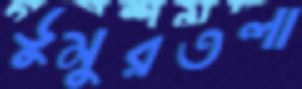
ডুমুরতলা